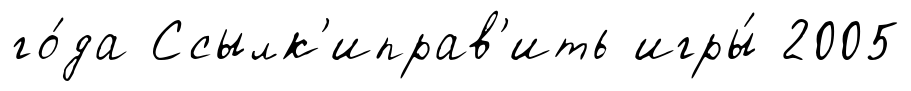
го́да Ссылк'иправ'ить игры́ 2005